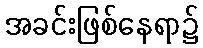
အခင်းဖြစ်နေရာ၌